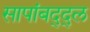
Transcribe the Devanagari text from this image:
सापांबद्द्ल